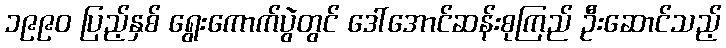
၁၉၉၀ ပြည့်နှစ် ရွေးကောက်ပွဲတွင် ဒေါ်အောင်ဆန်းစုကြည် ဦးဆောင်သည့်